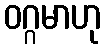
ဝဂ္ဂမာဟု